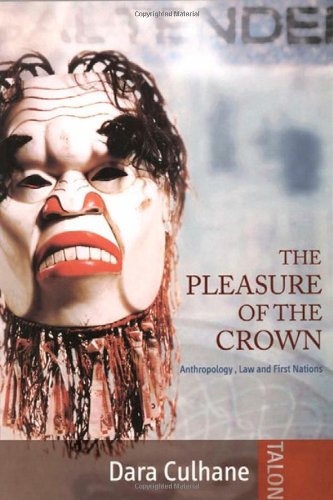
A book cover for The Pleasure of the Crown: Anthropology, Law and First Nations; Dara Culhane; Law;